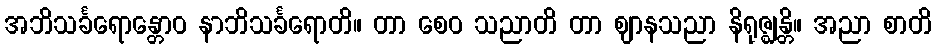
အဘိသင်္ခရောန္တောဝ နာဘိသင်္ခရောတိ။ တာ စေဝ သညာတိ တာ ဈာနသညာ နိရုဇ္ဈန္တိ။ အညာ စာတိ